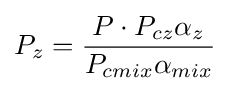
P_{z}={\frac {P\cdot P_{cz}\alpha _{z}}{P_{cmix}\alpha _{mix}}}